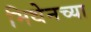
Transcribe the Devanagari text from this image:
मिथेनच्या